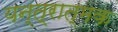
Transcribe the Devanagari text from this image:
यन्त्रात्मक